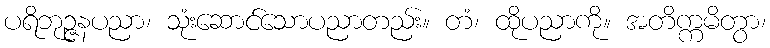
ပရိဘုဉ္ဇနပညာ၊ သုံးဆောင်သောပညာတည်း။ တံ၊ ထိုပညာကို။ အတိက္ကမိတွာ၊